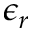
\epsilon _ { r }